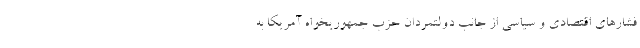
فشارهاي اقتصادي و سياسي از جانب دولتمردان حزب جمهوريخواه آمريكا به